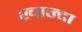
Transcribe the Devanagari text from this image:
खान्दा